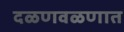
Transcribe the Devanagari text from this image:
दळणवळणात